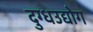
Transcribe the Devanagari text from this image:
दुग्धउद्योग